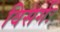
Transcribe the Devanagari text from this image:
विसर्गः